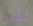
لك